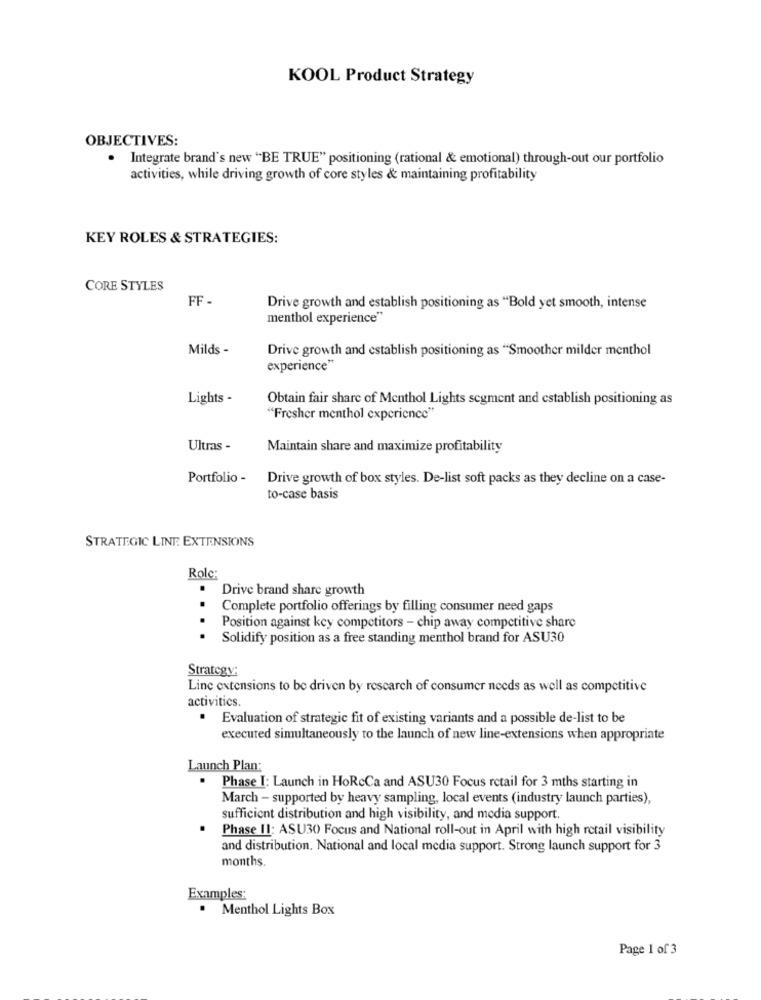
KOOL Product Strategy
OBJECTIVES:
Integrate brand's new "BE TRUE" positioning (rational & emotional) through-out our portfolio
activities, while driving growth of core styles & maintaining profitability
KEY ROLES & STRATEGIES:
CORE STYLES
FF -
Drive growth and establish positioning as "Bold yet smooth, intense
menthol experience"
Milds -
Drive growth and establish positioning as "Smoother milder menthol
experience"
Lights -
Obtain fair share of Menthol Lights segment and establish positioning as
"Fresher menthol experience"
Ultras -
Maintain share and maximize profitability
Portfolio -
Drive growth of box styles. De-list soft packs as they decline on a case-
to-case basis
STRATEGIC LINE EXTENSIONS
Role
Drive brand share growth
Complete portfolio offerings by filling consumer need gaps
Position against key competitors - chip away competitive share
Solidify position as a free standing menthol brand for ASU30
Strategy:
Line extensions to be driven by rescarch of consumer needs as well as competitive
activities.
. Evaluation of strategic fit of existing variants and a possible de-list to be
executed simultaneously to the launch of new line-extensions when appropriate
Launch Plan:
Phase I: Launch in HoRcCa and ASU30 Focus retail for 3 mths starting in
March - supported by heavy sampling, local events (industry launch parties),
sufficient distribution and high visibility, and media support.
Phase II: ASU30 Focus and National roll-out in April with high retail visibility
and distribution. National and local media support. Strong launch support for 3
months.
Examples:
. Menthol Lights Box
Page 1 of 3